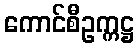
ကောင်စီဥက္ကဋ္ဌ